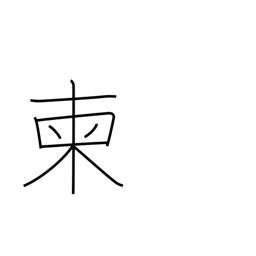
Meaning: pick out